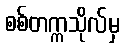
စစ်တက္ကသိုလ်မှ